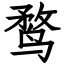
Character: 鹜